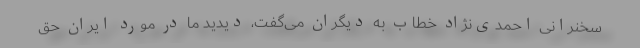
سخنرانی احمدی‌نژاد خطاب به دیگران می‌گفت، دیدید ما در مورد ایران حق